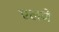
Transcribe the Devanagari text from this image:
एलजे